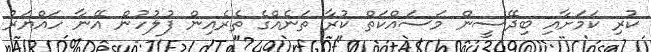
ކުރި ކަމަށާއި ބިދޭސީން މަސައްކަތް ކުރާ ތަނެއްގެ ތެރެއިން ފުލުހުން އޭނާ ހައްޔަރު